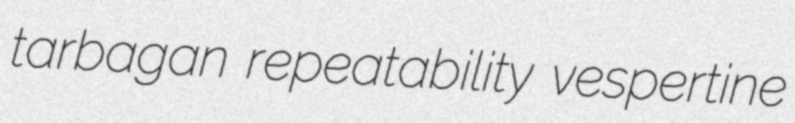
tarbagan repeatability vespertine